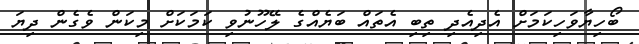
ބޯހިޔާވަހިކަމަށް އެދިއެދި ތިބި އެތައް ބަޔެއްގެ ލޭހޫނުވި ކަމަކަށް މިކަން ވެގެން ދިޔަ